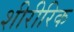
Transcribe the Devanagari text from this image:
शीरीरिक